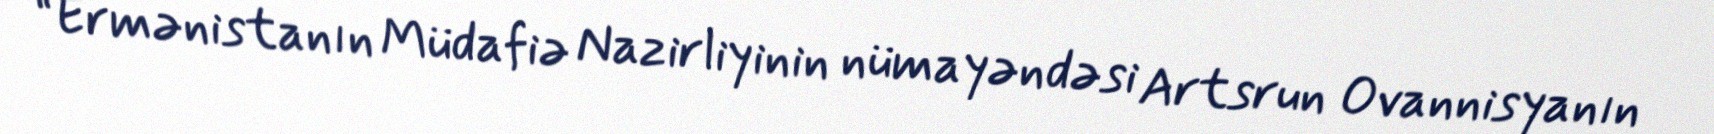
“Ermənistanın Müdafiə Nazirliyinin nümayəndəsi Artsrun Ovannisyanın